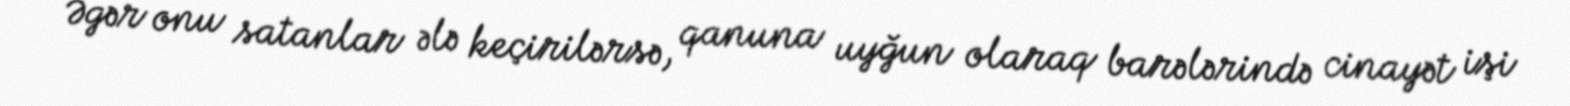
Əgər onu satanlar ələ keçirilərsə, qanuna uyğun olaraq barələrində cinayət işi